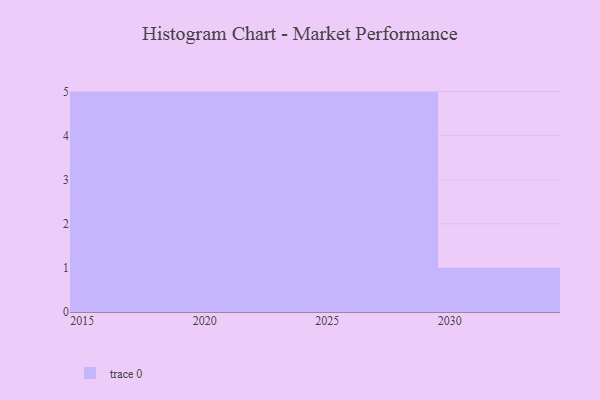
{"axis": {"x": "Year", "y": "Production Output"}, "legend": [""], "data": [{"x": "2023", "y": 78, "type": ""}, {"x": "2028", "y": 34, "type": ""}, {"x": "2019", "y": 98, "type": ""}, {"x": "2030", "y": 20, "type": ""}, {"x": "2027", "y": 18, "type": ""}, {"x": "2020", "y": 8, "type": ""}, {"x": "2021", "y": 65, "type": ""}, {"x": "2016", "y": 72, "type": ""}, {"x": "2026", "y": 61, "type": ""}, {"x": "2029", "y": 16, "type": ""}, {"x": "2024", "y": 95, "type": ""}, {"x": "2018", "y": 19, "type": ""}, {"x": "2025", "y": 82, "type": ""}, {"x": "2017", "y": 42, "type": ""}, {"x": "2015", "y": 73, "type": ""}, {"x": "2022", "y": 45, "type": ""}]}